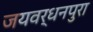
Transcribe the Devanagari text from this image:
जयवर्धनपुरा